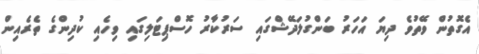
އެގޮތުން ވޭތުވެ ދިޔަ އަހަރު ބަންގުލަދޭޝްގައި ސަރުކާރު ހޮސްޕިޓަލިގައި ވިހެއި ކުދިންގެ ތެރެއިން